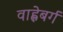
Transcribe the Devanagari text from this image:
वाह्लेबर्ग